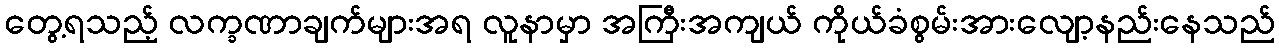
တွေ့ရသည့် လက္ခဏာချက်များအရ လူနာမှာ အကြီးအကျယ် ကိုယ်ခံစွမ်းအားလျော့နည်းနေသည်